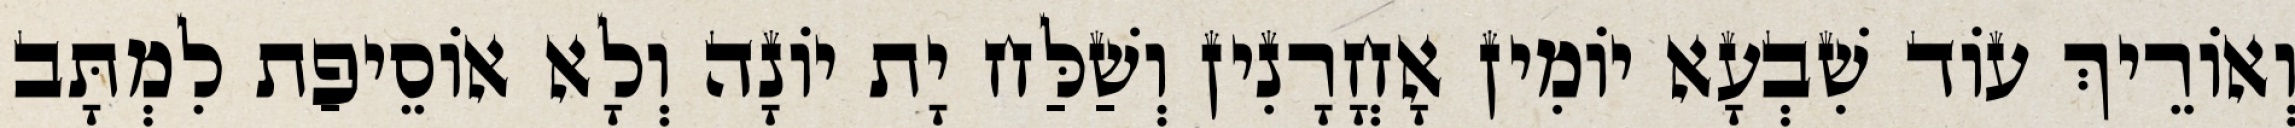
וְאוֹרֵיךְ עוֹד שִׁבְעָא יוֹמִין אָחֳרָנִין וְשַׁלַּח יָת יוֹנָה וְלָא אוֹסֵיפַת לִמְתָּב